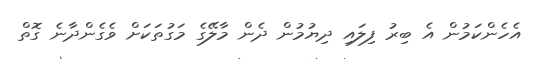
އެހެންކަމުން އެ ބިރު ފިލައި ދިޔުމުން ދެން މާލޭގެ މަގުތަކަށް ވެގެންދާނެ ގޮތް